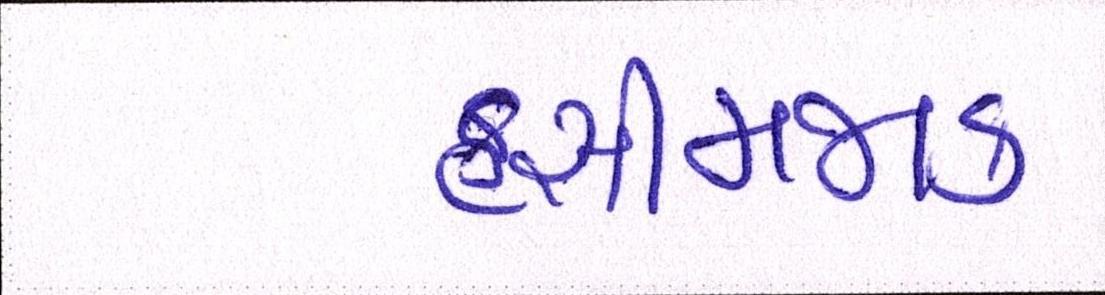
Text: હસીમજાક